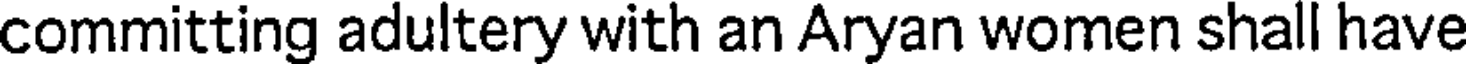
committing adultery with an Aryan women shall have